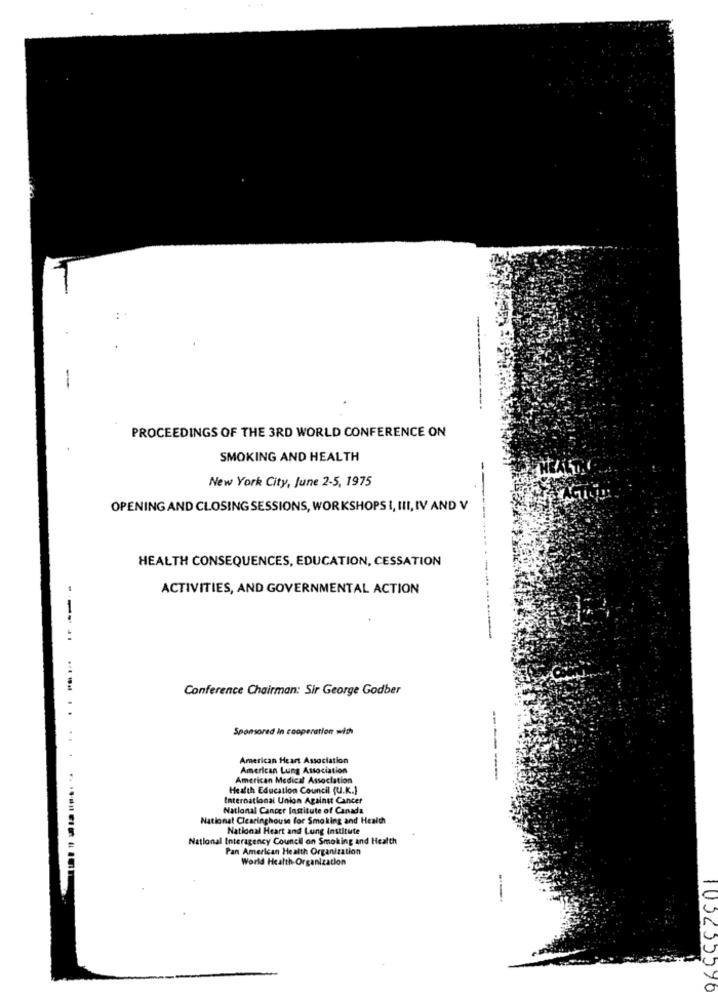
PROCEEDINGS OF THE 3RD WORLD CONFERENCE ON
SMOKING AND HEALTH
New York City, June 2-5, 1975
OPENING AND CLOSING SESSIONS, WORKSHOPS I, III, IV AND V
HEALTH CONSEQUENCES, EDUCATION, CESSATION
ACTIVITIES, AND GOVERNMENTAL ACTION
-----
Conference Chairman: Sir George Godber
Sponsored In cooperation with
American Heart Association
American Lung Association
American Medical Association
--
Health Education Council (U.K.)
International Union Against Cancer
National Cancer Institute of Canada
National Clearinghouse for Smoking and Health
National Heart and Lung institute
National Interagency Council on Smoking and Health
Pan American Health Organization
World Health Organization
---.
103233396